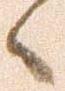
候